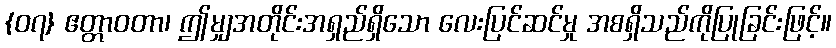
{၀၇} ဧတ္တာဝတာ၊ ဤမျှအတိုင်းအရှည်ရှိသော လေးပြင်ဆင်မှု အစရှိသည်ကိုပြုခြင်းဖြင့်။